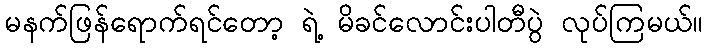
မနက်ဖြန်ရောက်ရင်တော့ ရဲ့ မိခင်လောင်းပါတီပွဲ လုပ်ကြမယ်။